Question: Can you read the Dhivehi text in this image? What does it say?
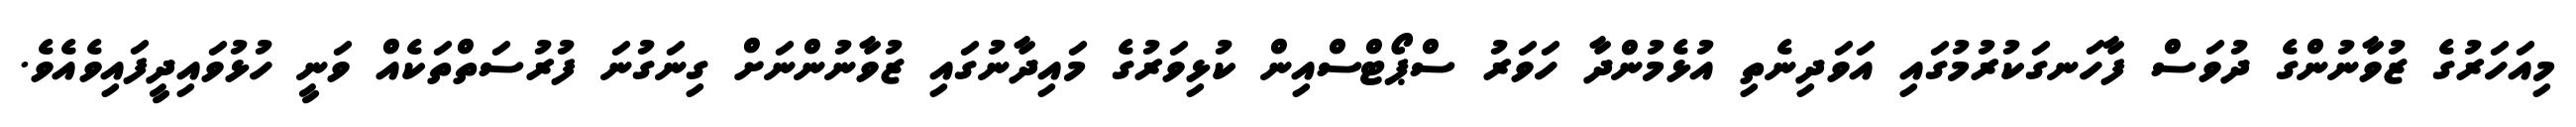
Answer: މިއަހަރުގެ ޒުވާނުންގެ ދުވަސް ފާހަނގަކުރުމުގައި އަވަދިނެތި އުޅެމުންދާ ހަވަރު ސްޕޯޓްސްއިން ކުޅިވަރުގެ މައިދާނުގައި ޒުވާނުންނަށް ގިނަގުނަ ފުރުސަތްތަކެއް ވަނީ ހުޅުވައިދީފައިވެއެވެ.